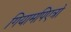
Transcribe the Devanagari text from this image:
गियामपिएत्रो